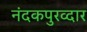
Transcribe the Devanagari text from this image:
नंदकपुरव्दार